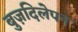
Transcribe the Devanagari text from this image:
बुज़दिलेपन